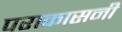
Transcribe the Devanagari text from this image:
पराकासनी